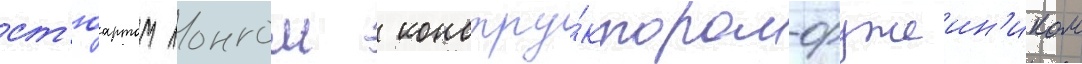
ст'юартом лонгом  констру́ктором-оружеин'иком